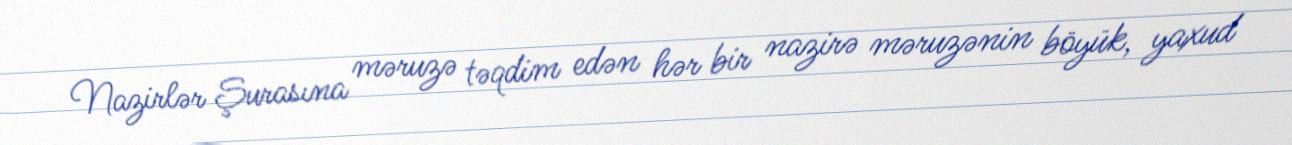
Nazirlər Şurasına məruzə təqdim edən hər bir nazirə məruzənin böyük, yaxud